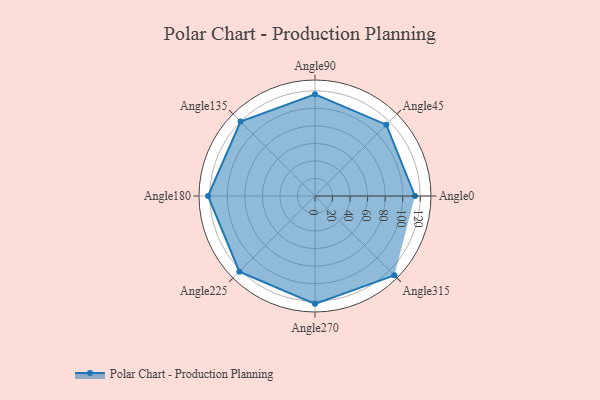
{"axis": {"x": "Angle", "y": "Radius"}, "legend": [""], "data": [{"x": "Angle0", "y": 114.0, "type": ""}, {"x": "Angle45", "y": 115.0, "type": ""}, {"x": "Angle90", "y": 116.0, "type": ""}, {"x": "Angle135", "y": 120.0, "type": ""}, {"x": "Angle180", "y": 122.0, "type": ""}, {"x": "Angle225", "y": 122.0, "type": ""}, {"x": "Angle270", "y": 123.0, "type": ""}, {"x": "Angle315", "y": 128.0, "type": ""}]}